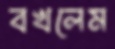
বখলেম